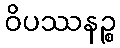
ဝိပဿနဉ္စ